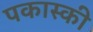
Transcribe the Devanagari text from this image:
पकास्की